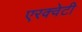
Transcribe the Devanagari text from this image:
एरक्वेटी